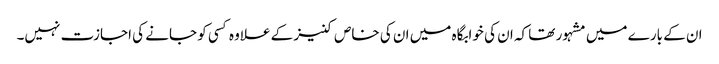
ان کے بارے میں مشہور تھا کہ ان کی خوابگاہ میں ان کی خاص کنیز کے علاوہ کسی کو جانے کی اجازت نہیں۔